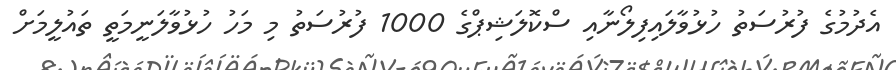
އެދުމުގެ ފުރުސަތު ހުޅުވާލައިފިލޯނާއި ސްކޮލަޝިޕްގެ 1000 ފުރުސަތު މި މަހު ހުޅުވާލަނީމަތީ ތައުލީމަށް